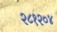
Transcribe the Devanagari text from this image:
२८१२०४